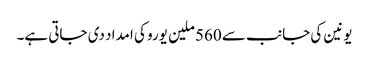
یونین کی جانب سے 560 ملین یورو کی امداد دی جاتی ہے۔